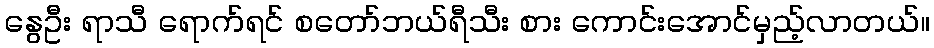
နွေဦး ရာသီ ရောက်ရင် စတော်ဘယ်ရီသီး စား ကောင်းအောင်မှည့်လာတယ်။